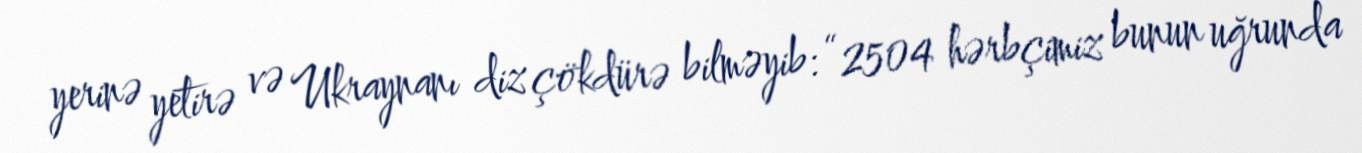
yerinə yetirə və Ukraynanı diz çökdürə bilməyib: “2504 hərbçimiz bunun uğrunda